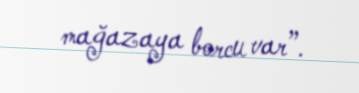
mağazaya borcu var”.